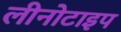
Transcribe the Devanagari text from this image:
लीनोटाइप